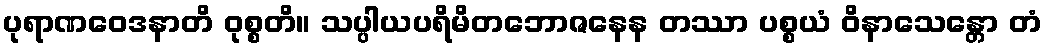
ပုရာဏဝေဒနာတိ ဝုစ္စတိ။ သပ္ပါယပရိမိတဘောဇနေန တဿာ ပစ္စယံ ဝိနာသေန္တော တံ